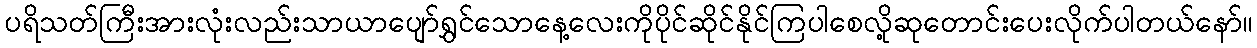
ပရိသတ်ကြီးအားလုံးလည်းသာယာပျော်ရွှင်သောနေ့လေးကိုပိုင်ဆိုင်နိုင်ကြပါစေလို့ဆုတောင်းပေးလိုက်ပါတယ်နော်။